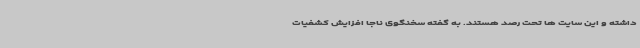
داشته و این سایت ها تحت رصد هستند. به گفته سخنگوی ناجا افزایش کشفیات